Report on sanitation, dispensaries, and jails in Rajputana for 1913, and on vaccination for the year 1913-1914 - 1913-1914
Year: 1913
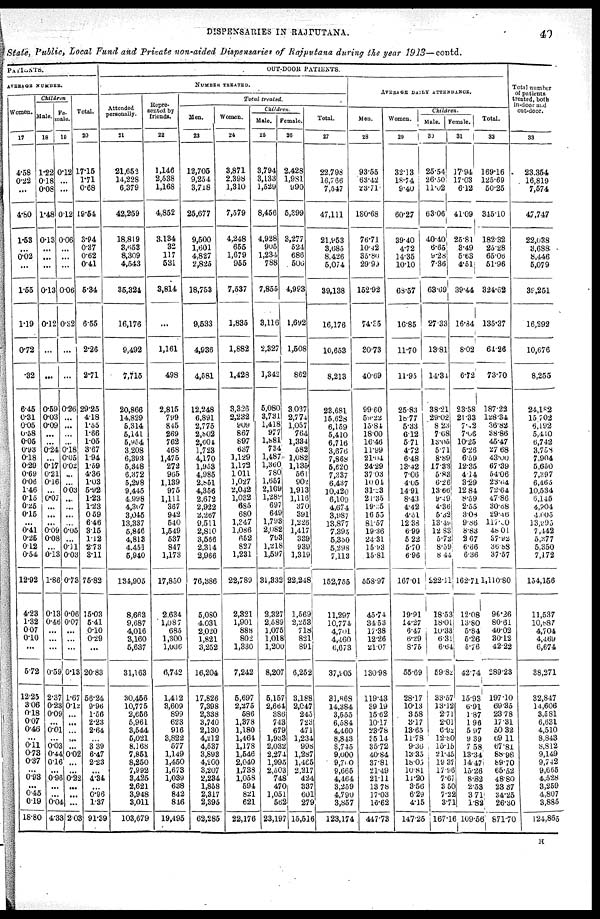
DISPENSARIES IN RAJPUTANA.
49
State, Public, Local Fund and Private non-aided Dispensaries of Rajputana during the year 1913—contd.
PATIENTS.
AVERAGE NUMBER.
Women.
17
4.58
0.22
...
4.80
1.53
...
0.02
...
1.55
1.19
0.72
.32
6.45
0.31
0.05
0.58
0.05
0.93
0.18
0.29
0.69
0.06
1.46
0.15
0.25
0.15
...
0.41
0.25
0.12
0.54
12.92
4.23
1.32
0.07
0.10
...
5.72
12.25
3.06
0.18
0.07
0.46
...
0.11
0.73
0.37
...
0.93
...
0.45
0.19
18.80
Children
Male.
18
1.22
0.18
0.08
1.48
0.13
...
...
...
0.13
0.12
...
...
0.59
0.03
0.09
...
...
0.24
...
0.17
0.21
0.16
...
0.07
...
...
...
0.09
0.08
...
0.13
1.86
0.13
0.46
...
...
...
0.59
2.37
0.23
0.09
...
0.01
...
0.03
0.44
0.16
...
0.96
...
...
0.04
4.33
Fe¬
male.
19
0.12
...
...
0.12
0.06
...
...
...
0.06
0.32
...
...
0.26
...
...
...
...
0.18
0.05
0.02
...
...
0.03
...
...
...
...
0.05
...
0.11
0.03
0.73
0.06
0.07
...
...
...
0.13
1.67
0.12
...
...
...
...
...
0.02
...
...
0.22
...
...
...
2.03
Total.
20
17.15
1.71
0.68
19.54
3.94
0.37
0.62
0.41
5.34
6.55
2.26
2.71
29.25
4.18
1.55
1.66
1.05
3.67
1.94
1.59
4.36
1.03
5.92
1.23
1.23
0.59
6.46
3.15
1.12
2.73
3.11
75.82
15.03
5.41
0.10
0.29
...
20.83
56.24
0.96
1.56
2.23
2.64
...
3.39
6.47
2.23
...
4.34
...
0.96
1.37
91.39
OUT-DOOR PATIENTS.
NUMBER TREATED.
Attended
personally.
21
21,652
14,228
6,379
42,259
18,819
3,653
8,309
4,543
35,324
16,176
9,492
7,715
20,866
14,829
5,314
5,141
5,954
3,208
6,393
5,348
6,372
5,298
9,445
4,998
4,307
3,045
13,337
5,846
4,813
4,451
5,940
134,905
8,663
9,687
4,016
3,160
5,637
31,163
30,453
10,775
2,656
5,961
3,544
5,021
8,168
7,851
8,250
7,992
3,425
2,621
3,948
3,011
103,679
Repre¬
sented by
friends.
22
1,146
2,538
1,168
4,852
3,134
32
117
531
3,814
...
1,161
498
2,815
799
845
269
762
468
1,475
272
965
1,139
975
1,111
367
942
540
1,549
537
847
1,173
17,850
2,634
1,087
685
1,300
1,036
6,742
1,412
3,609
899
623
916
3,822
577
1,149
1,450
1,673
1,039
638
842
846
19,495
Total treated.
Men.
23
12,705
9,254
3,718
25,677
9,500
1,601
4,827
2,825
18,753
9,533
4,936
4,581
12,248
6,891
2,775
2,802
2,604
1,723
4,170
1,953
4,985
2,851
4,356
2,672
2,922
2,267
9,511
2,810
3,566
2,314
2,966
76,386
5,080
4,031
2,020
1,821
3,252
16,204
17,826
7,398
2,338
3,740
2,130
4,212
4,537
3,893
4,200
3,207
2,234
1,858
2,317
2,395
62,285
Women.
24
3,871
2,398
1,310
7,579
4,248
665
1,679
955
7,537
1,835
1,882
1,428
3,326
2,232
909
867
897
637
1,129
1,172
1,011
1,027
2,042
1,032
685
680
1,347
1,086
652
827
1,231
22,789
2,321
1,901
888
802
1,330
7,242
5,697
2,275
586
1,378
1,180
1,464
1,178
1,546
2,040
1,738
1,058
594
821
621
22,176
Children.
Male.
25
3,794
3,133
1,529
8,456
4,928
905
1,234
788
7,855
3,116
2,327
1,342
5,080
3,731
1,418
977
l,881
734
1,487
1,360
780
1,657
2,169
l,289
697
649
1,793
2,082
793
1,218
1,597
31,332
2,327
2,589
1,075
1,018
1,200
8,207
5,157
2,664
386
743
679
1,933
2,032
2,274
1,995
2,503
748
470
1,051
562
23,197
Fe¬
male.
26
2,428
1,981
990
5,399
3,277
524
686
500
4,993
1,692
1,508
862
3,037
2,774
1,057
764
1,334
582
1,082
1,135
561
902
1,913
1,116
370
391
1,226
1,417
329
939
1,319
22,248
1,569
2,253
718
821
891
6,252
3,188
2,047
245
723
471
1,234
998
1,287
1,465
2,217
424
337
601
279
15,516
Total.
27
22,798
16,766
7,547
47,111
21,953
3,685
8,426
5,074
39,138
16,176
10,653
8,213
23,681
15,628
6,159
5,410
6,716
3,676
7,868
5,620
7,337
6,437
10,420
6,109
4,674
3,987
13,877
7,395
5,350
5,298
7,113
152,755
11,297
10,774
4,701
4,460
6,673
37,905
31,869
14,384
3,555
6,584
4,460
8,843
8,745
9,000
9,700
9,665
4,464
3,259
4,790
3,857
123,174
AVERAGE DAILY ATTENDANCE.
Men.
28
93.55
63.42
23.71
180.68
76.71
10.42
35.80
29.99
152.92
74.35
30.73
40.69
99.60
59.22
15.84
18.00
16.46
11.99
21.04
24.29
37.03
10.04
31.23
21.35
19.25
16.55
81.57
19.36
24.31
15.93
15.81
558.97
45.74
34.53
17.38
12.26
21.07
130.98
119.43
39.19
15.62
10.17
23.78
35.14
35.72
40.84
37.81
21.49
21.11
13.78
17.03
16.62
447.73
Women.
29
32.13
18.74
9.40
60.27
39.40
4.72
14.35
10.10
68.57
16.85
11.70
11.95
25.83
18.77
5.33
6.12
5.71
4.72
6.48
13.42
7.06
4.05
14.91
8.43
4.42
4.51
12.38
6.99
5.22
5.70
6.96
167.01
19.91
14.27
6.47
6.29
8.75
55.69
28.17
10.13
3.58
3.17
13.65
11.78
9.36
13.35
18.05
10.81
11.20
3.56
6.29
4.15
147.25
Children.
Male.
30
25.54
26.50
11.02
63.06
40.40
6.65
9.28
7.36
63.69
27.33
13.81
14.31
38.21
29.02
8.23
7.08
13.05
5.71
8.89
17.33
5.83
6.26
13.66
9.49
4.36
5.32
13.49
12.83
5.72
8.59
8.44
222.11
18.53
18.01
10.33
6.31
6.64
59.82
33.57
13.12
2.71
2.01
6.92
12.80
15.15
21.45
19.37
17.96
7.67
3.50
7.22
3.71
167.16
Fe¬
male.
31
17.94
17.03
6.12
41.09
25.81
3.49
5.63
4.51
39.44
16.84
8.02
6.72
23.58
21.33
7.42
7.06
10.25
5.26
6.59
12.35
4.14
3.29
12.84
8.59
2.55
3.08
9.86
8.83
2.67
6.66
6.36
162.71
12.08
13.80
5.84
5.26
6.76
42.74
15.93
6.91
1.87
1.96
5.97
9.39
7.58
13.34
14.47
15.26
8.82
2.53
3.71
1.82
109.56
Total.
32
169.16
125.69
50.25
345.10
182.32
25.28
65.06
51.96
324.62
135.37
64.26
73.70
187.23
128.34
36.82
38.86
45.47
27.68
43.00
67.39
54.06
23.64
72.64
47.86
30.68
29.46
117.30
48.01
37.92
36.88
37.57
1,110.80
96.26
80.61
40.02
30.12
42.22
289.23
197.10
69.35
23.78
17.31
50.32
69.11
67.81
88.98
89.70
65.52
48.80
23.37
34.25
26.30
871.70
Total number
of patients
treated, both
in-door and
out-door.
33
23,354
16,819
7,574
47,747
22,038
3,688
8,446
5,079
39,251
16,292
10,676
8,255
24,182
15,702
6,192
5,410
6,742
3,758
7,904
5,650
7,397
6,465
10,534
6,145
4,704
4,005
13,995
7,442
5,377
5,350
7,172
154,156
11,537
10,887
4,704
4,469
6,674
38,271
32,847
14,606
3,581
6,631
4,510
8,843
8,812
9,149
9,742
9,665
4,528
3,259
4,807
3,885
124,865
H